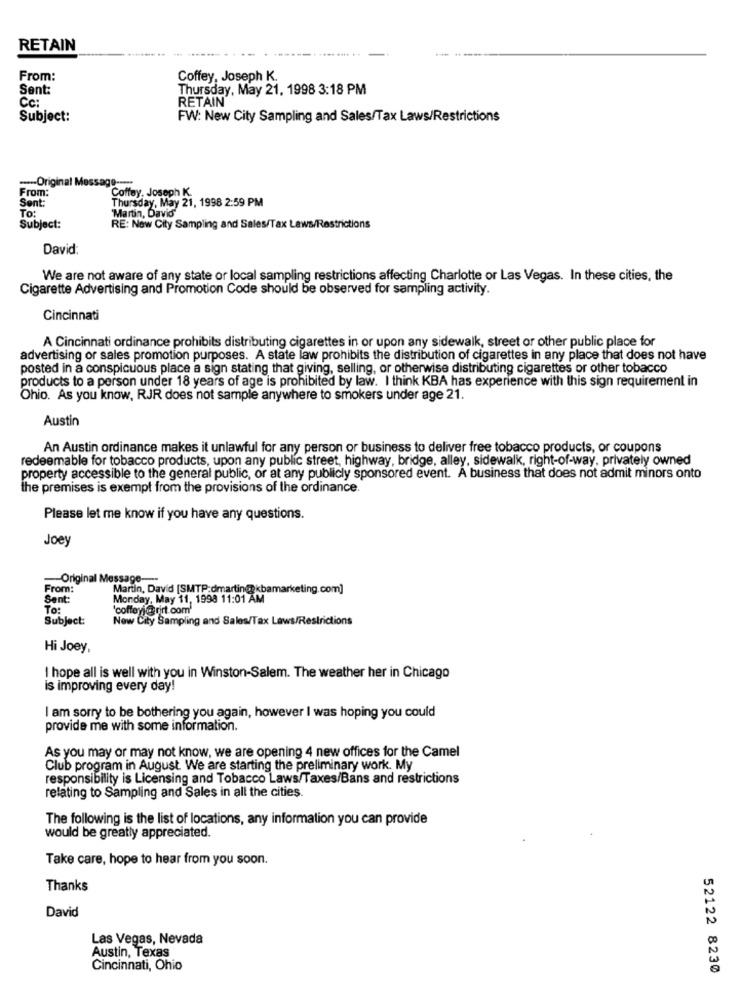
RETAIN
... .... .... ...
From:
Coffey, Joseph K.
Sent:
Thursday, May 21, 1998 3:18 PM
Cc:
RETAIN
Subject:
FW: New City Sampling and Sales/Tax Laws/Restrictions
....- Original Message --...
From:
Sent:
Coffey. Joseph K.
Thursday, May 21, 1998 2:59 PM
To:
'Martin, David"
Subject:
RE: New City Sampling and Sales/Tax Laws/Restrictions
David:
We are not aware of any state or local sampling restrictions affecting Charlotte or Las Vegas. In these cities, the
Cigarette Advertising and Promotion Code should be observed for sampling activity.
Cincinnati
A Cincinnati ordinance prohibits distributing cigarettes in or upon any sidewalk, street or other public place for
advertising or sales promotion purposes. A state law prohibits the distribution of cigarettes in any place that does not have
posted in a conspicuous place a sign stating that giving, selling, or otherwise distributing cigarettes or other tobacco
products to a person under 18 years of age is prohibited by law. I think KBA has experience with this sign requirement in
Ohio. As you know, RJR does not sample anywhere to smokers under age 21.
Austin
An Austin ordinance makes it unlawful for any person or business to deliver free tobacco products, or coupons
redeemable for tobacco products, upon any public street, highway, bridge, alley, sidewalk, right-of-way, privately owned
property accessible to the general public, or at any publicly sponsored event. A business that does not admit minors onto
the premises is exempt from the provisions of the ordinance.
Please let me know if you have any questions.
Joey
Original Message --
From:
Martin, David [SMTP:dmartin@kbamarketing.com]
Sent:
Monday, May 11, 1998 11:01 AM
To:
'coffey)@rirt.com'
Subject:
New City Sampling and Sales/Tax Laws/Restrictions
Hi Joey,
I hope all is well with you in Winston-Salem. The weather her in Chicago
is improving every day!
I am sorry to be bothering you again, however I was hoping you could
provide me with some information.
As you may or may not know, we are opening 4 new offices for the Camel
Club program in August. We are starting the preliminary work. My
responsibility is Licensing and Tobacco Laws/Taxes/Bans and restrictions
relating to Sampling and Sales in all the cities.
The following is the list of locations, any information you can provide
would be greatly appreciated.
Take care, hope to hear from you soon.
Thanks
David
Las Vegas, Nevada
Austin, Texas
Cincinnati, Ohio
52122 8230